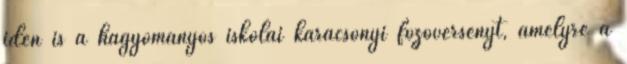
idén is a hagyományos iskolai karácsonyi főzőversenyt, amelyre a